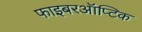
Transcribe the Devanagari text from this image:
फाइबरऑप्टिक